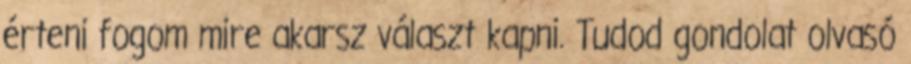
érteni fogom mire akarsz választ kapni. Tudod gondolat olvasó